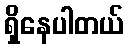
ရှိနေပါတယ်